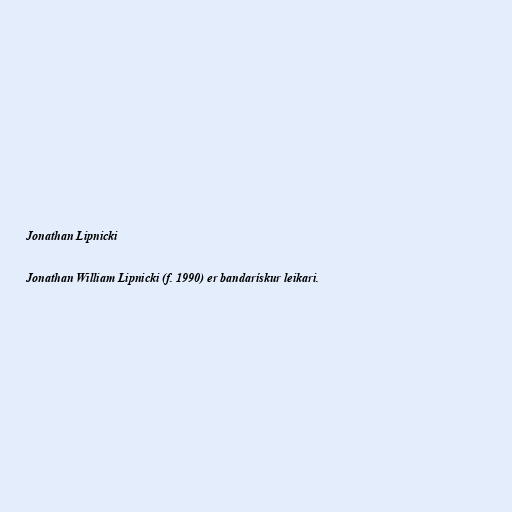
Jonathan Lipnicki

Jonathan William Lipnicki (f. 1990) er bandarískur leikari.